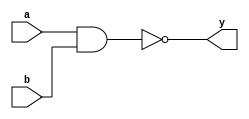
module basic_nand(a, b, y);  
input a, b;
output y;
assign y = !(a & b);
endmodule